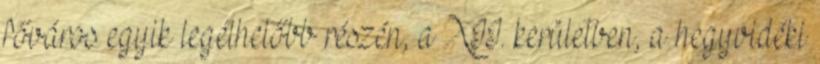
főváros egyik legélhetőbb részén, a XII. kerületben, a hegyvidéki